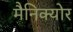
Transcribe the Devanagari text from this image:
मैनिक्‍योर